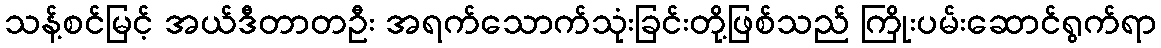
သန့်စင်မြင့် အယ်ဒီတာတဦး အရက်သောက်သုံးခြင်းတို့ဖြစ်သည် ကြိုးပမ်းဆောင်ရွက်ရာ